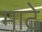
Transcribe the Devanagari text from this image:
माठे